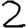
Digit: 2